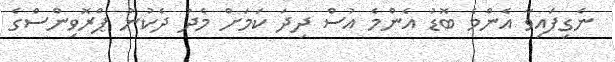
ނެގިފައިވާ އެންމެ ބޮޑު އެންމެ އުސް ދިދަ ކަމަށް މެދު ދެކުނު ޕްރޮވިންސްގެ